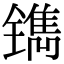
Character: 镌